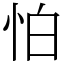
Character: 怕